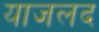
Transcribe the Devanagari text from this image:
याजलद